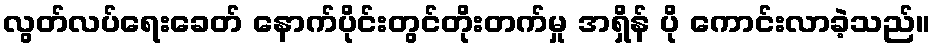
လွတ်လပ်ရေးခေတ် နောက်ပိုင်းတွင်တိုးတက်မှု အရှိန် ပို ကောင်းလာခဲ့သည်။